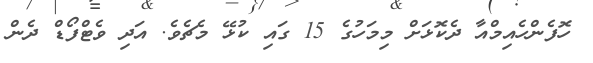
ހޮފެންހެއިމްއާ ދެކޮޅަށް މިމަހުގެ 15 ގައި ކުޅޭ މެޗެވެ. އަދި ވެޓްފޯޑް ދެން